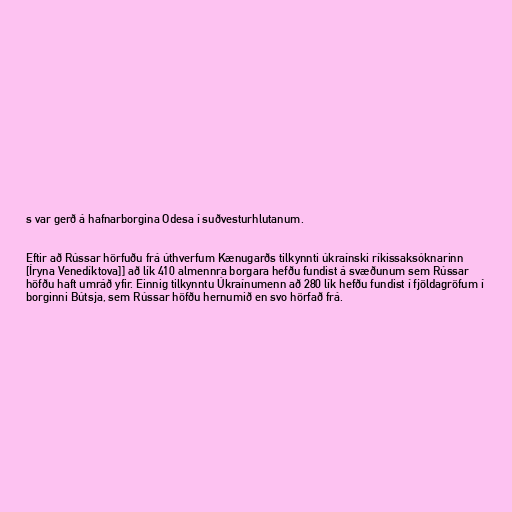
s var gerð á hafnarborgina Odesa í suðvesturhlutanum.

Eftir að Rússar hörfuðu frá úthverfum Kænugarðs tilkynnti úkraínski ríkissaksóknarinn
[Íryna Venedíktova]] að lík 410 almennra borgara hefðu fundist á svæðunum sem Rússar
höfðu haft umráð yfir. Einnig tilkynntu Úkraínumenn að 280 lík hefðu fundist í fjöldagröfum í
borginni Bútsja, sem Rússar höfðu hernumið en svo hörfað frá.